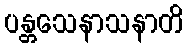
ပန္တသေနာသနာတိ